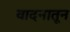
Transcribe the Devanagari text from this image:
वादनातून